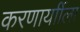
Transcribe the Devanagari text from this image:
करणार्याीला